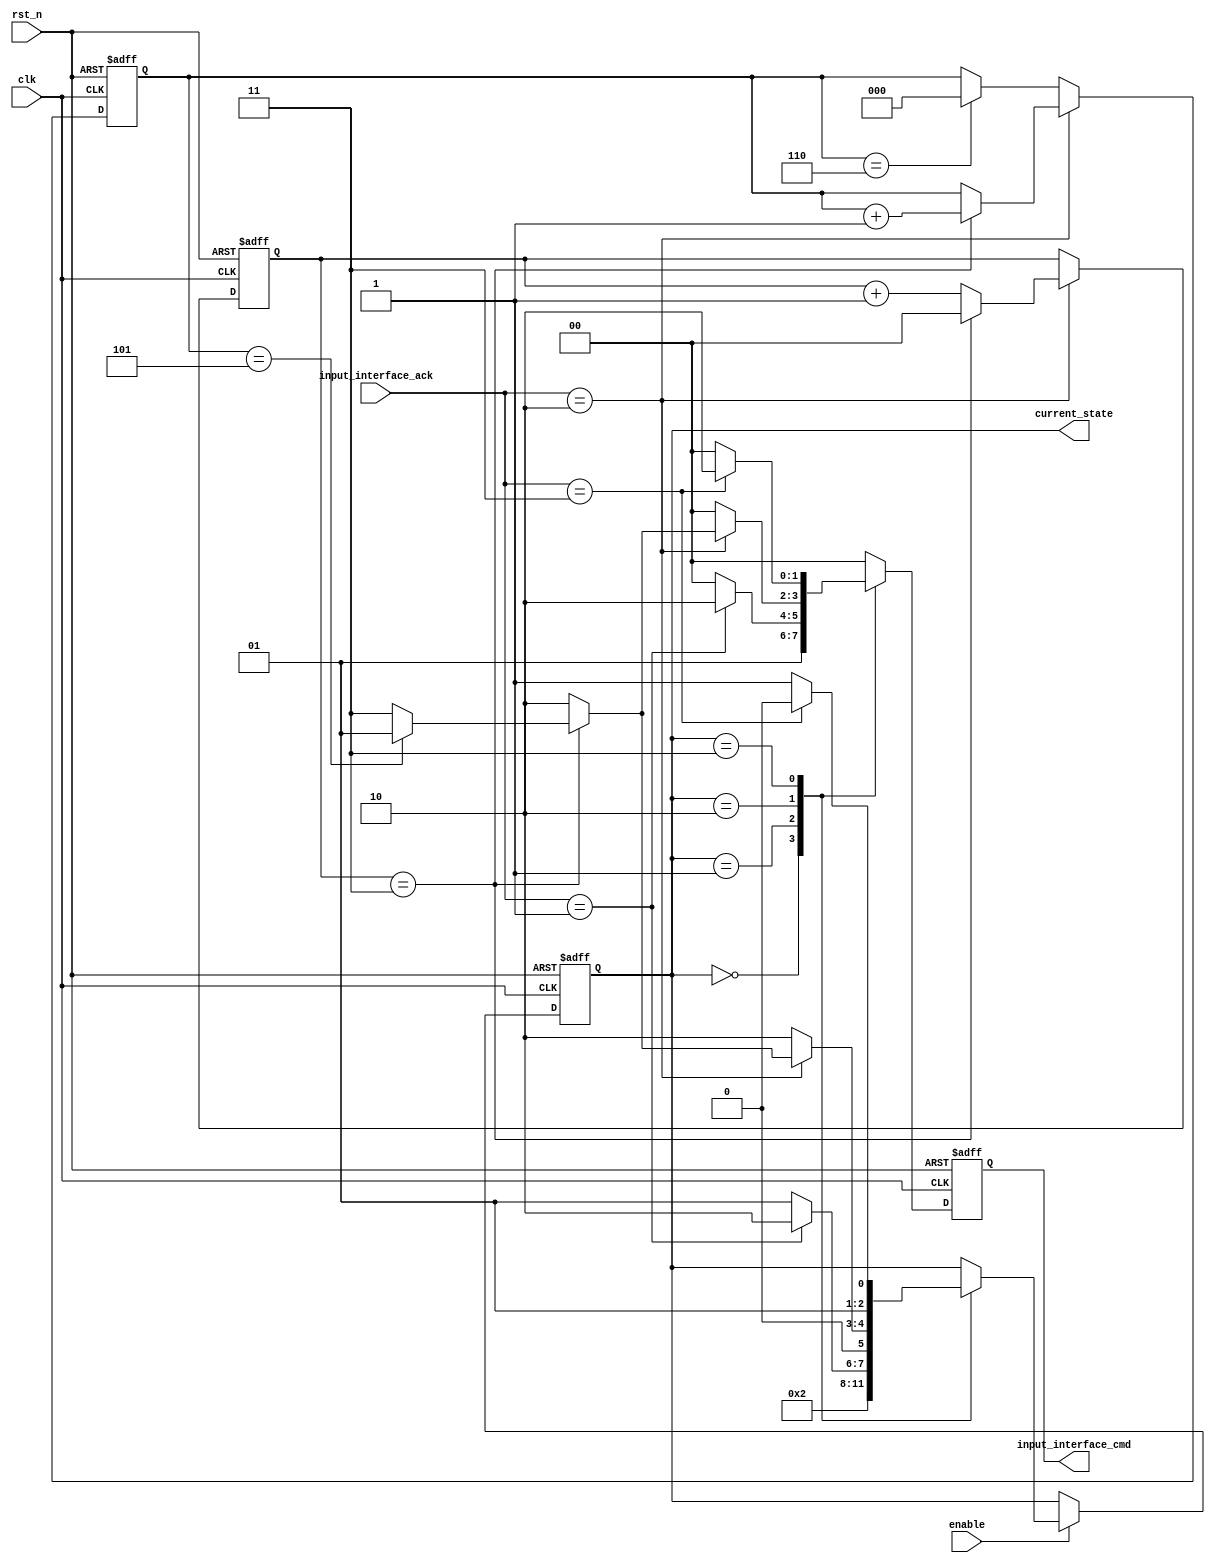
//	version	1.0	--	setup
//	Description:

module conv_layer_controller(
	
	//--input
	clk,
	rst_n,
	enable,
	input_interface_ack,
	
	//--output
	input_interface_cmd,
	current_state
//	kernel_array_cmd,
//	output_inteface_cmd,
);

parameter	WIDTH				=	32;
parameter	KERNEL_SIZE			=	3;	//3x3
parameter	IMAGE_SIZE			=	8;
parameter	ARRAY_SIZE			=	6;

parameter	ADDR_WIDTH			=	6;
parameter	ROM_DEPTH			=	64;

// parameter	INIT				=	3'd0;
// parameter	PRELOAD				=	3'd1;	
// parameter	SHIFT_ROW_0			=	3'd2;
// parameter	SHIFT_ROW_1			=	3'd3;
// parameter	SHIFT_ROW_2			=	3'd4;
// parameter	BIAS				=	3'd5;
// parameter	LOAD				=	3'd6;
// parameter	IDLE				=	3'd7;

parameter	ACK_IDLE			=	2'd0;
parameter	ACK_PRELOAD_FIN		=	2'd1;
parameter	ACK_SHIFT_FIN		=	2'd2;
parameter	ACK_LOAD_FIN		=	2'd3;

parameter	CMD_IDLE			=	2'd0;
parameter	CMD_PRELOAD_START	=	2'd1;
parameter	CMD_SHIFT_START		=	2'd2;
parameter	CMD_LOAD_START		=	2'd3;

parameter	TOTAL_WEIGHT		=	4;
parameter	TOTAL_SHIFT			=	ARRAY_SIZE;

input					clk;
input					rst_n;
input					enable;
input	[1:0]			input_interface_ack;


output 	[1:0]			input_interface_cmd;
reg		[1:0]			input_interface_cmd;

reg		[1:0]			weight_cycle;
reg		[2:0]			shift_cycle;

output	[2:0]			current_state;
reg		[2:0]			current_state;
reg		[2:0]			next_state;

parameter	STAGE_INIT			=	3'd0;
parameter	STAGE_PRELOAD		=	3'd1;	
parameter	STAGE_SHIFT			=	3'd2;
parameter	STAGE_LOAD			=	3'd3;
//parameter	STAGE_IDLE			=	3'd7;

always @(posedge clk, negedge rst_n) begin
	if(!rst_n) begin
		current_state	<=	STAGE_INIT;
	end
	else begin
		if (enable)
			current_state	<=	next_state;
		else
			current_state	<= 	current_state;
	end
end

always @(current_state, input_interface_ack, weight_cycle) begin
	case (current_state)
		STAGE_INIT: begin
			next_state	=	STAGE_PRELOAD;
		end
		
		STAGE_PRELOAD: begin
			if ( input_interface_ack == ACK_PRELOAD_FIN )
				next_state	=	STAGE_SHIFT;
			else
				next_state	=	STAGE_PRELOAD;
		end
		
		STAGE_SHIFT: begin
			if ( input_interface_ack == ACK_SHIFT_FIN ) begin
				if ( weight_cycle == TOTAL_WEIGHT - 1  ) begin
					if ( shift_cycle  == TOTAL_SHIFT - 1 )
						next_state	<=	STAGE_PRELOAD;
					else
						next_state	=	STAGE_LOAD;
				end
				else
					next_state	=	STAGE_SHIFT;
			end
			else
				next_state	= STAGE_SHIFT;
		end
		
		STAGE_LOAD: begin
			if (input_interface_ack	==	ACK_LOAD_FIN)
				next_state	=	STAGE_SHIFT;
			else
				next_state	=	STAGE_LOAD;
		end
		
		default:
			next_state	= current_state;
	endcase		
end

always @(posedge clk, negedge rst_n) begin
	if(!rst_n)
		input_interface_cmd	<=	CMD_IDLE;
	else begin
		case (current_state)
			STAGE_INIT:
				input_interface_cmd <=	CMD_PRELOAD_START;
				
			STAGE_PRELOAD:
				if ( input_interface_ack == ACK_PRELOAD_FIN )
					input_interface_cmd	<=	CMD_SHIFT_START;
				else
					input_interface_cmd	<=	CMD_IDLE;
					
			STAGE_SHIFT:
				if ( input_interface_ack == ACK_SHIFT_FIN) begin
					if ( weight_cycle == TOTAL_WEIGHT - 1 ) begin
						if ( shift_cycle  == TOTAL_SHIFT - 1 )
							input_interface_cmd	<=	CMD_PRELOAD_START;
						else
							input_interface_cmd	<=	CMD_LOAD_START;
					end	
					else
						input_interface_cmd	<=	CMD_SHIFT_START;
				end
				else
					input_interface_cmd	<= CMD_IDLE;
			
			STAGE_LOAD:
				if ( input_interface_ack == ACK_LOAD_FIN)
					input_interface_cmd	<=	CMD_SHIFT_START;
				else
					input_interface_cmd	<=	CMD_IDLE;
					
			default:
				input_interface_cmd	<=	CMD_IDLE;
		endcase
	end
end

//	--	
always @(posedge clk, negedge rst_n) begin
	if(!rst_n) 	
		weight_cycle	<=	2'd0;
	else if ( input_interface_ack == ACK_SHIFT_FIN) begin
		if ( weight_cycle == TOTAL_WEIGHT - 1 )
			weight_cycle	<=	2'd0;
		else
			weight_cycle	<=	weight_cycle	+ 1'd1;
	end 
	else
		weight_cycle	<=	weight_cycle;	
end

always @(posedge clk, negedge rst_n) begin
	if(!rst_n) 	
		shift_cycle		<=	3'd0;
	else if (input_interface_ack == ACK_SHIFT_FIN) begin
		if ( weight_cycle == TOTAL_WEIGHT - 1)
			shift_cycle		<=	shift_cycle	+ 1'b1;
		else
			shift_cycle		<=	shift_cycle;
	end
	else if ( shift_cycle == TOTAL_SHIFT)
		shift_cycle		<=	3'd0;
end

endmodule